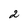
Character: 2